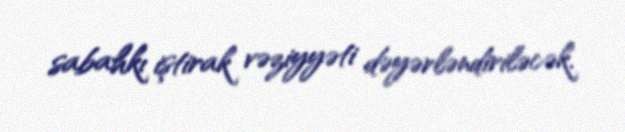
sabahkı iştirak vəziyyəti dəyərləndiriləcək.